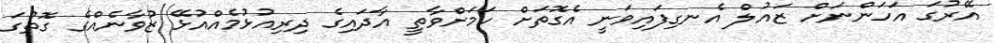
އޭރުގަ އަހަންނަށް ޒައުލް އެނގިފައިވަނީ އެގޮތަށް ކަމަށްވާތީ އާދައިގެ ދިރިއުޅުމެއްއުޅޭ ޒުވާނެއްގެ ގޮތުގަ